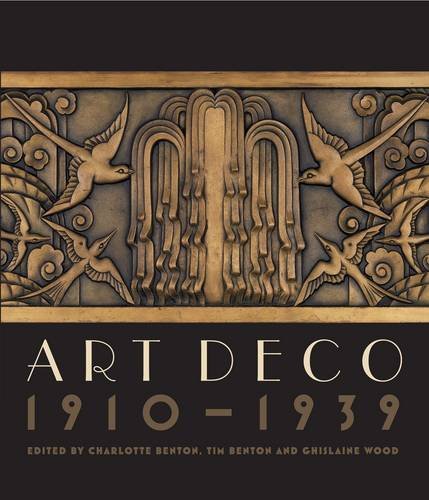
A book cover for Art Deco 1910-1939; Arts & Photography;